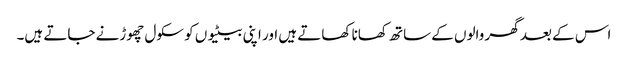
اس کے بعد گھر والوں کے ساتھ کھانا کھاتے ہیں اور اپنی بیٹیوں کو سکول چھوڑنے جاتے ہیں۔